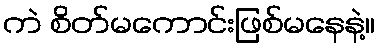
ကဲ စိတ်မကောင်းဖြစ်မနေနဲ့။